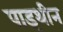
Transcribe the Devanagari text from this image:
पाइथीन